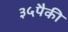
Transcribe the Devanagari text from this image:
३५पैकी